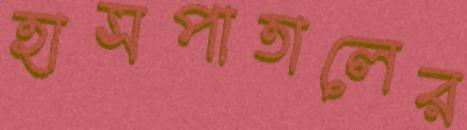
হাসপাতালের